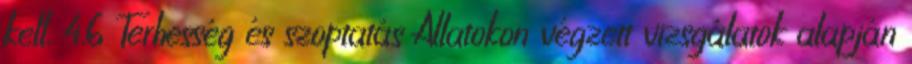
kell. 4.6 Terhesség és szoptatás Állatokon végzett vizsgálatok alapján